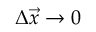
\Delta \vec { x } \rightarrow 0